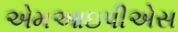
એમઆઇપીએસ